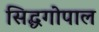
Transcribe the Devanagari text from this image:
सिद्धगोपाल